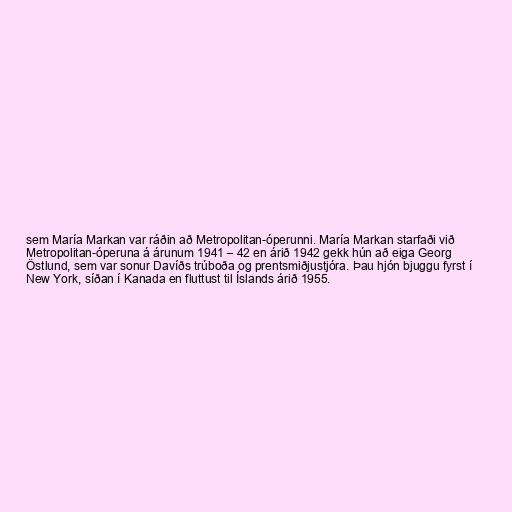
sem María Markan var ráðin að Metropolitan-óperunni. María Markan starfaði við
Metropolitan-óperuna á árunum 1941 – 42 en árið 1942 gekk hún að eiga Georg
Östlund, sem var sonur Davíðs trúboða og prentsmiðjustjóra. Þau hjón bjuggu fyrst í
New York, síðan í Kanada en fluttust til Íslands árið 1955.